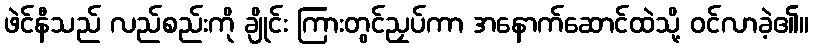
ဖဲင်နီသည် လည်စည်းကို ချိုင်း ကြားတွင်ညှပ်ကာ အနောက်ဆောင်ထဲသို့ ဝင်လာခဲ့၏။